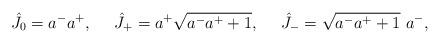
LaTeX: \begin{align*}\hat J_0 = a^-a^+,~~~~\hat J_+ = a^+\sqrt{a^-a^++1},~~~~\hat J_- = \sqrt{a^-a^++1}~a^-,\end{align*}